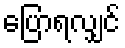
ပြောရလျှင်